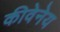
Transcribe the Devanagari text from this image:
कीवेनेय